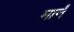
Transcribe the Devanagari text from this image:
मार्नं